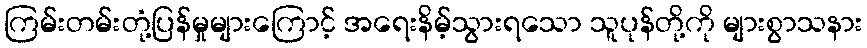
ကြမ်းတမ်းတုံ့ပြန်မှုများကြောင့် အရေးနိမ့်သွားရသော သူပုန်တို့ကို များစွာသနား